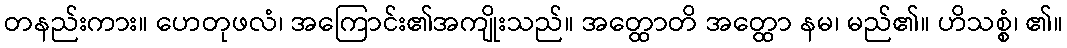
တနည်းကား။ ဟေတုဖလံ၊ အကြောင်း၏အကျိုးသည်။ အတ္ထောတိ အတ္ထော နမ၊ မည်၏။ ဟိသစ္စံ၊ ၏။